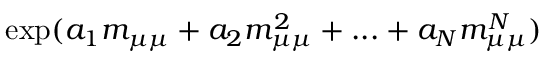
\exp ( a _ { 1 } \ensuremath { m _ { \mu \mu } } + a _ { 2 } \ensuremath { m _ { \mu \mu } } ^ { 2 } + . . . + a _ { N } \ensuremath { m _ { \mu \mu } } ^ { N } )